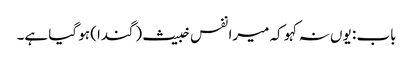
باب : یوں نہ کہو کہ میرا نفس خبیث (گندا) ہو گیا ہے۔